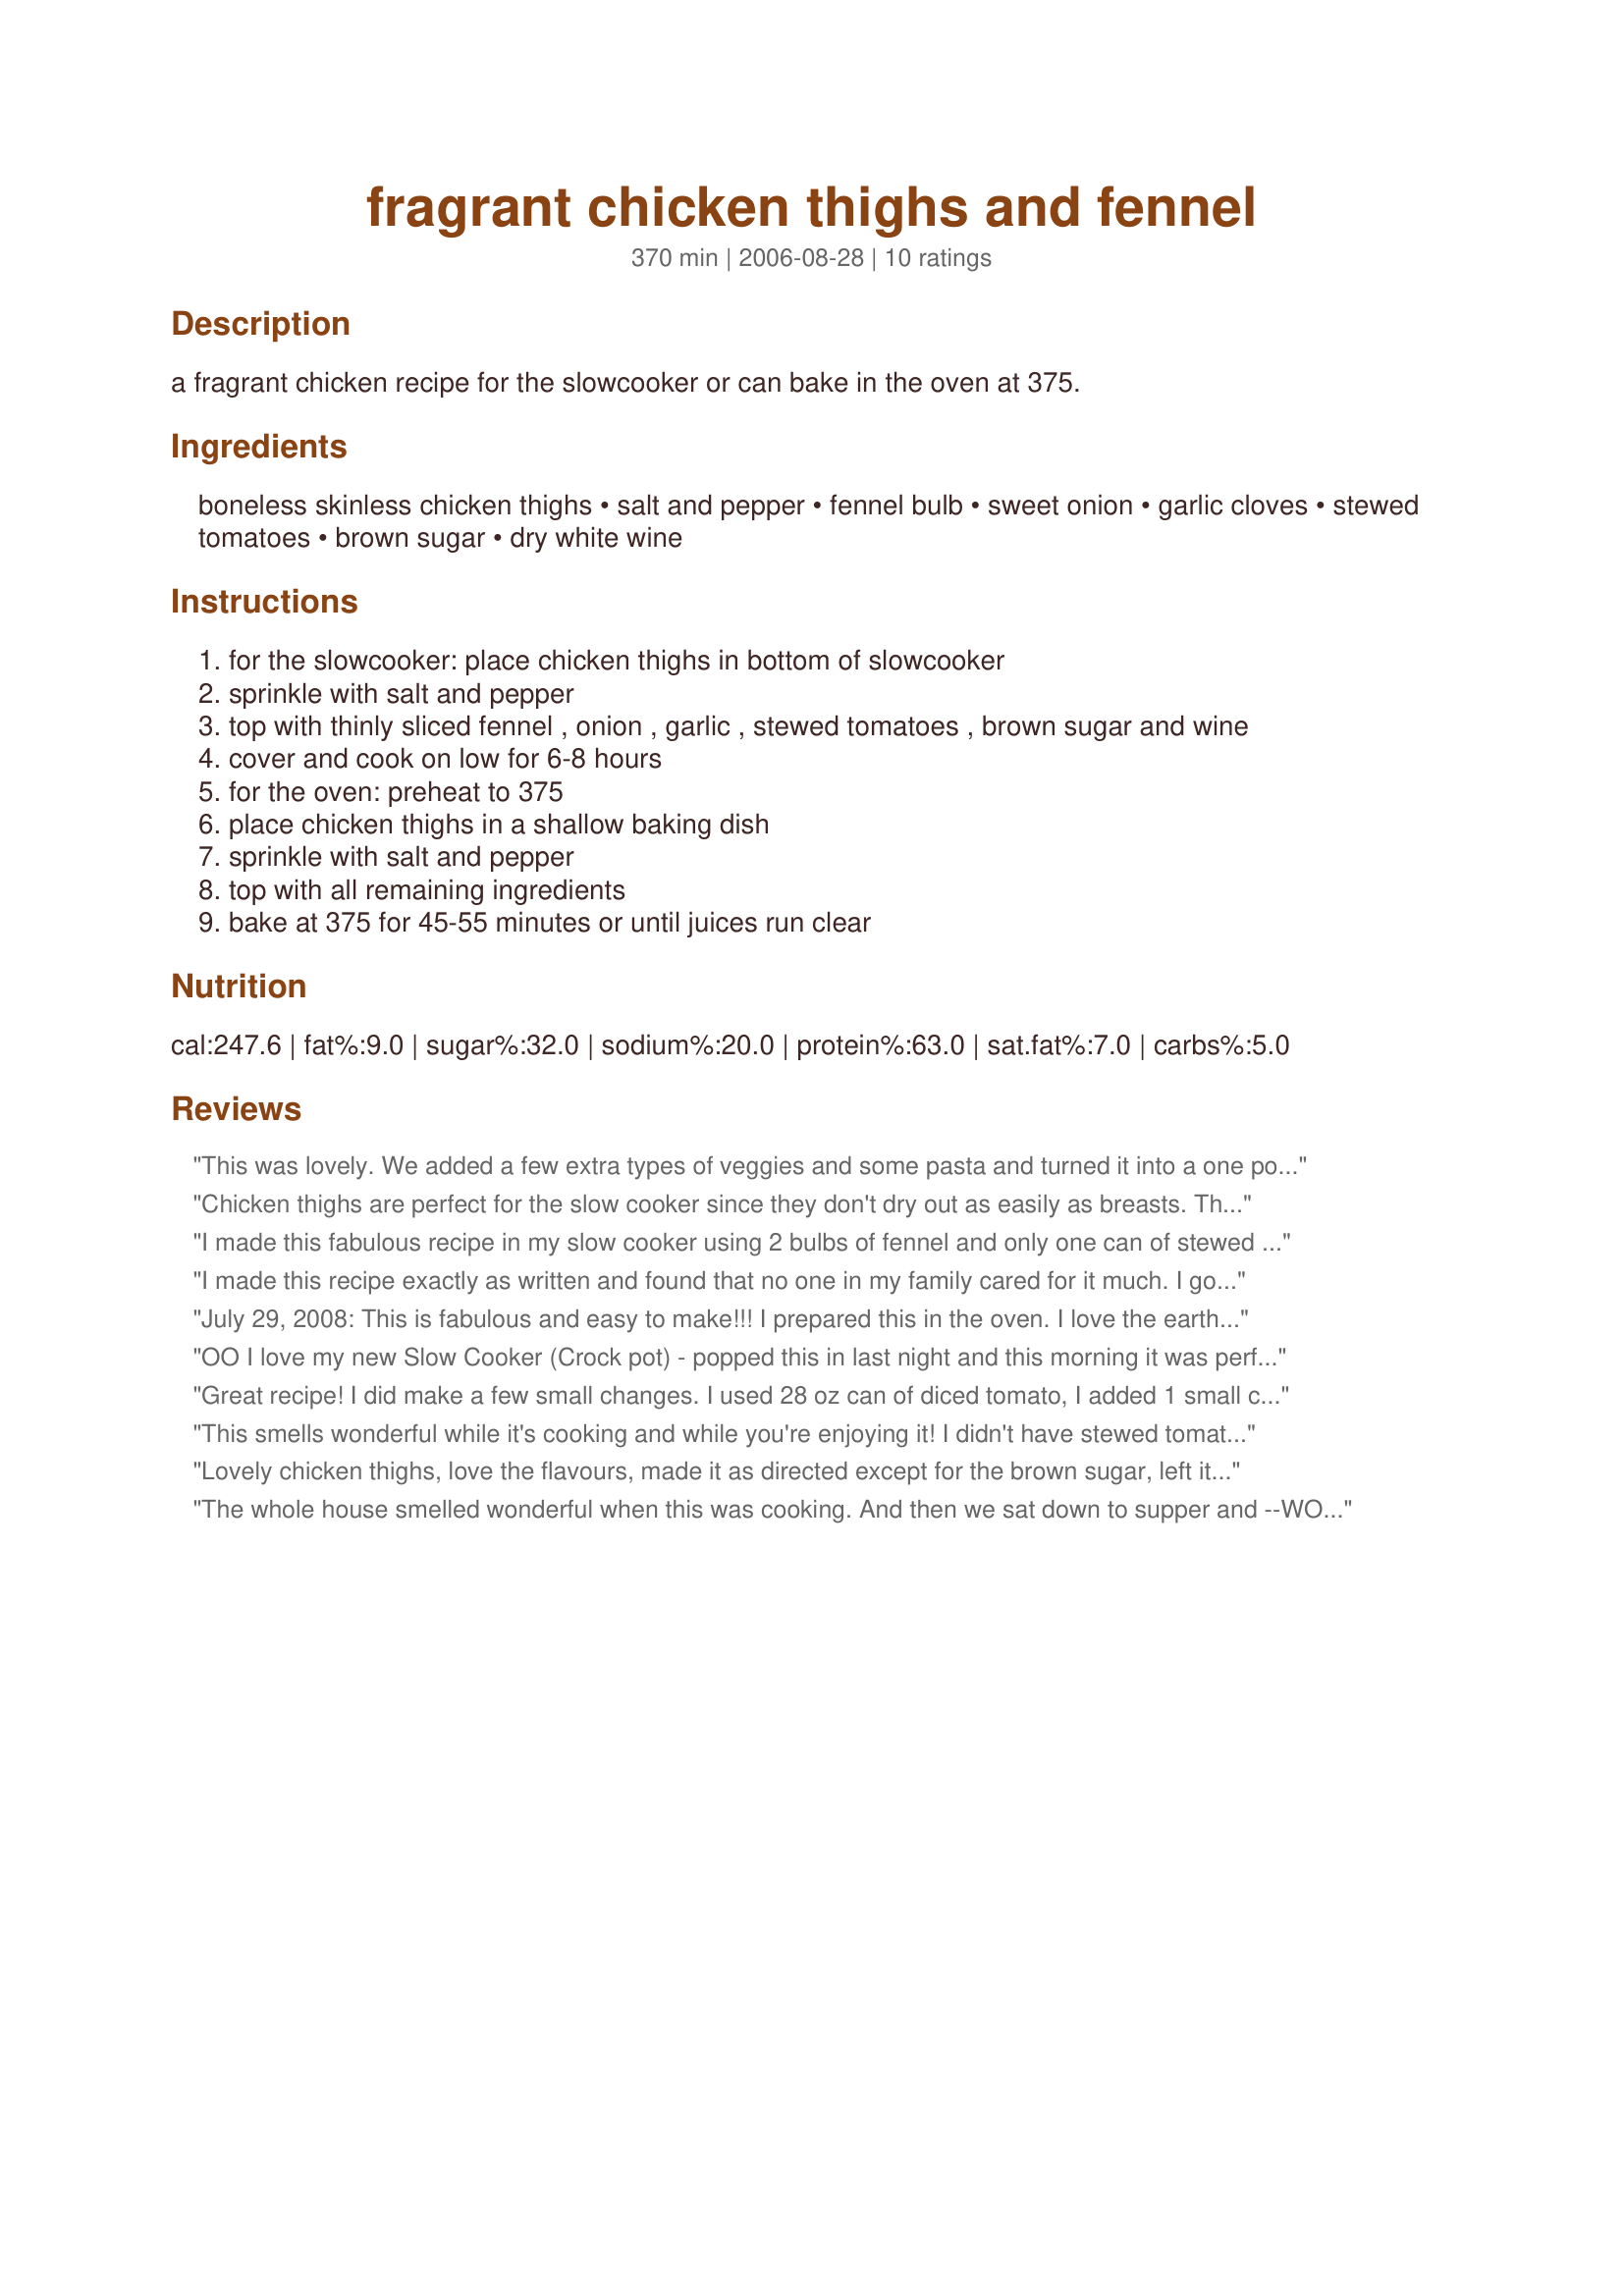
fragrant chicken thighs and fennel
Preparation time: 370 minutes

a fragrant chicken recipe for the slowcooker or can bake in the oven at 375.

Ingredients:
boneless skinless chicken thighs, salt and pepper, fennel bulb, sweet onion, garlic cloves, stewed tomatoes, brown sugar, dry white wine

Steps:
for the slowcooker: place chicken thighs in bottom of slowcooker
sprinkle with salt and pepper
top with thinly sliced fennel , onion , garlic , stewed tomatoes , brown sugar and wine
cover and cook on low for 6-8 hours
for the oven: preheat to 375
place chicken thighs in a shallow baking dish
sprinkle with salt and pepper
top with all remaining ingredients
bake at 375 for 45-55 minutes or until juices run clear

Reviews:
This was lovely. We added a few extra types of veggies and some pasta and turned it into a one pot meal. Cooked for about 45 mins in the pressure cooker, the meat was falling apart and so good.
Chicken thighs are perfect for the slow cooker since they don't dry out as easily as breasts. The fennel was wonderful. I wound up using 1/2 cup of white wine with the Italian spiced stewed tomatoes. With the extra wine and spices, it tasted a lot like a Cooking Light San Francisco Seafood Stew recipe I have, only using chicken instead. Loved it! Next time I'll try with less wine and regular stewed tomatoes to enjoy the tomato flavor more.
I made this fabulous recipe in my slow cooker using 2 bulbs of fennel and only one can of stewed tomatoes. I increased the white wine to 1/4 cup and also added 3/4 can of tomato paste at the end to thicken it up. The end product had a mild yet pleasing flavour which was loved by myself and everyone who tried it. Thanks for posting this very healthy recipe !!
I made this recipe exactly as written and found that no one in my family cared for it much. I got an "it's okay" from my husband who said he'd eat the leftovers when I said I never would. But, I threw them away after they sat in the fridge for a week. I found that the fennel and onions were still pretty hard and the flavor was pretty bland. Sorry
July 29, 2008: This is fabulous and easy to make!!! I prepared this in the oven. I love the earthy, unique flavor that the fennel gives this dish. I could have just eaten a whole dish of the vegetables, they were so good!! The chicken was cooked perfectly moist too! Loved this recipe, will definitely make again and again! January 28, 2009 UPDATE: I made this dish again!!! It is one of my favorite Zaar recipes!!! It is so easy and delicious!!! This time, instead of wine, I used cognac and it tasted wonderful! This is a super recipe, thanks Parsley!!!
OO I love my new Slow Cooker (Crock pot) - popped this in last night and this morning it was perfect! Maybe next time I will flour the chicken for a thicker sauce and add even more fennel - but I'll definately be using this again. Thanks Parsley!
Great recipe! I did make a few small changes. I used 28 oz can of diced tomato, I added 1 small can of tomato paste at the end, and I tossed it all in the crock pot in the am. Wow, what a great aroma to come home too. Served it with a side of pasta.
This smells wonderful while it's cooking and while you're enjoying it! I didn't have stewed tomatoes so I used 1 (28 ounce) can of whole tomatoes, chopped (we love sauce)! I also added a few more cloves of garlic and a little more brown sugar and white wine because I added more tomatoes. Baked it in the oven for about 30-35 mins. So quick and easy to make and I love the slight sweetness of the dish with the crunch of the fennel too!
Lovely chicken thighs, love the flavours, made it as directed except for the brown sugar, left it out, I don't think it made a lot of difference. Great way to serve Chicken thighs. I will be making these again, thanks for posting!!
The whole house smelled wonderful when this was cooking. And then we sat down to supper and --WOW! What a delightful combination of flavors! I served this over poppy seed noodles, with a side salad of baby greens and some roasted aspargras---what a terrific meal! Thank you for teaching me another use for one of my newer favorite veggies!
